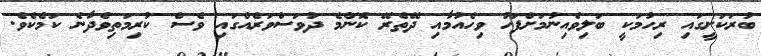
ބުރަކަށީގައި ރިހުމަކީ ބަލިވެއިނުމަށްފަހު ވިހެއުމާއި ދޭތެރޭ ކޮންމެ ދުވަސްވަރެއްގައި ވެސް ކުރިމަތިވެދާނެ ކަމެކެވެ.